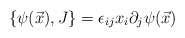
\begin{align*}\{\psi(\vec{x}), J\} =\epsilon_{ij}x_{i}\partial_{j}\psi(\vec{x})\end{align*}